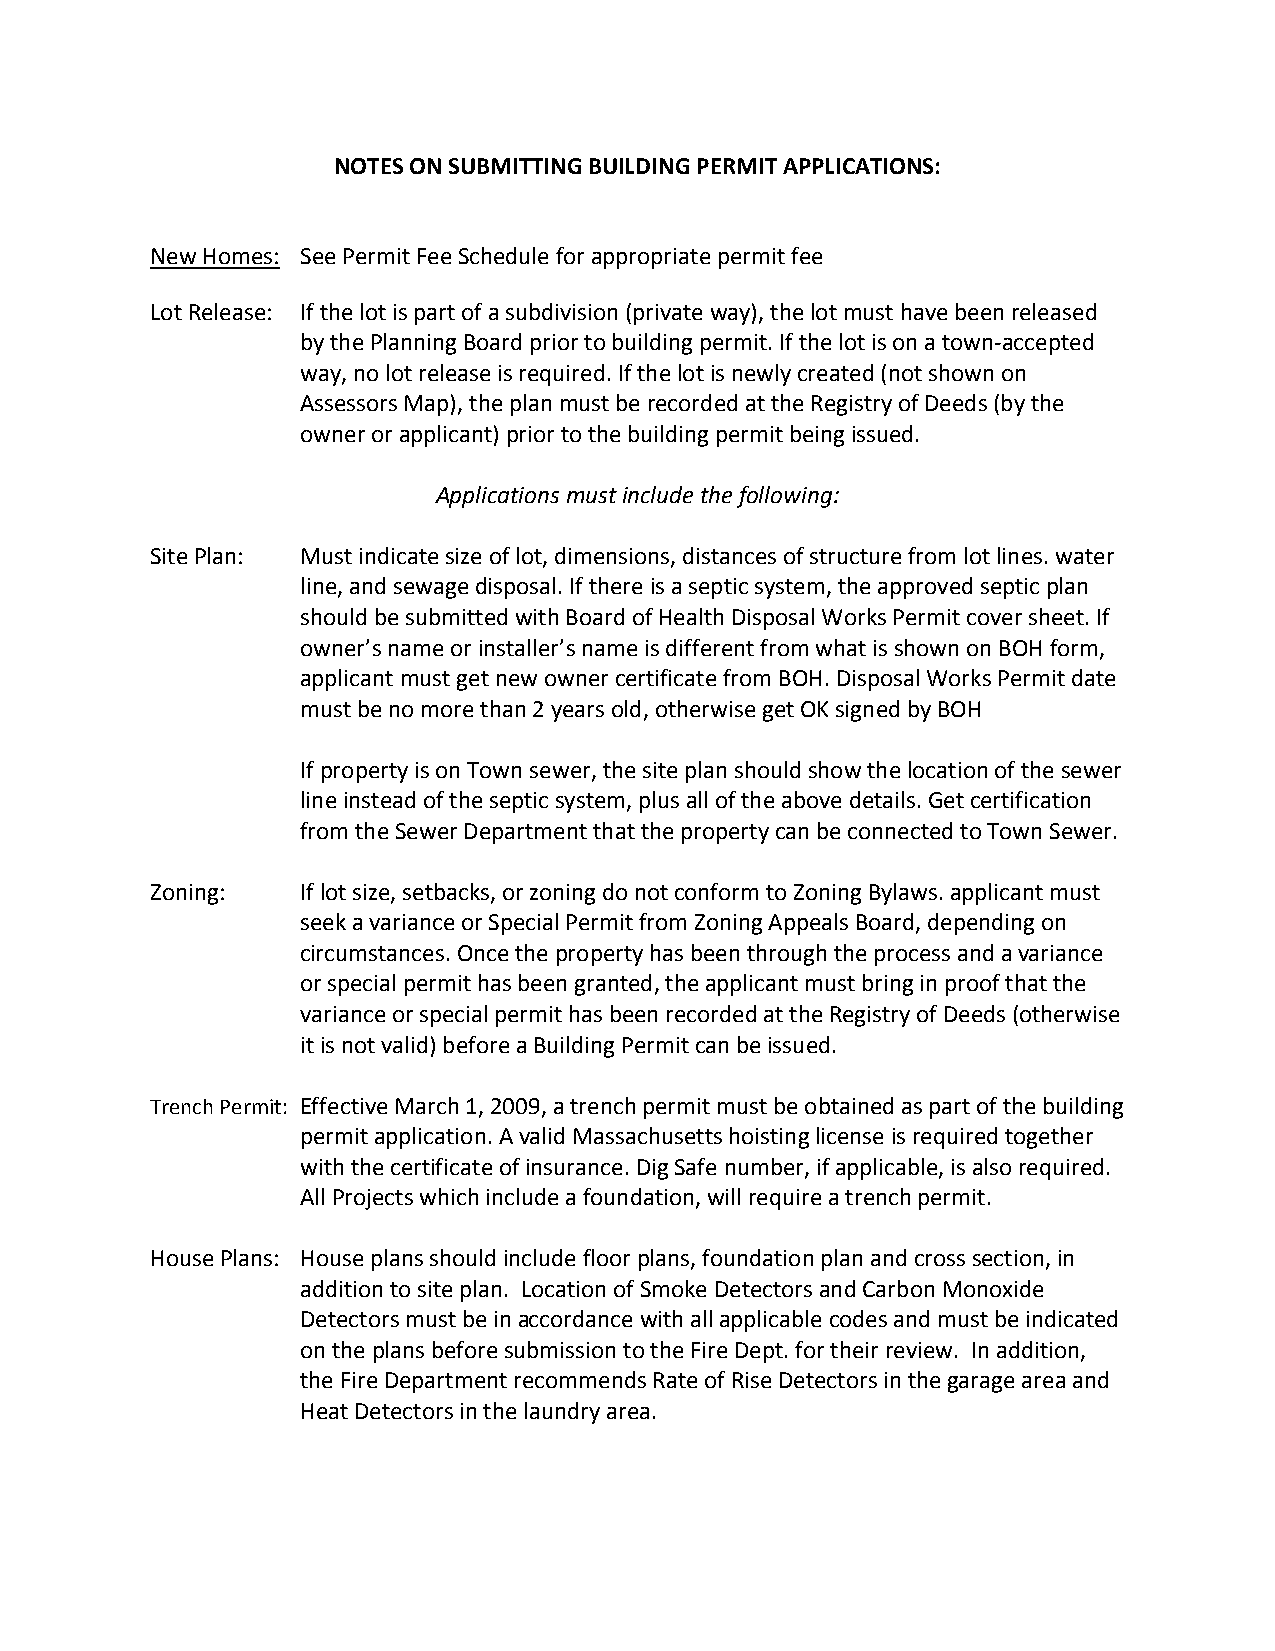
NOTES ON SUBMITTING BUILDING PERMIT APPLICATIONS:
 New Homes: See Permit Fee Schedule for appropriate permit fee
 Lot Release: If the lot is part of a subdivision (private way), the lot must have been released
 by the Planning Board prior to building permit. If the lot is on a town‐accepted
 way, no lot release is required. If the lot is newly created (not shown on
 Assessors Map), the plan must be recorded at the Registry of Deeds (by the
 owner or applicant) prior to the building permit being issued.
 Applications must include the following:
 Site Plan: Must indicate size of lot, dimensions, distances of structure from lot lines. water
 line, and sewage disposal. If there is a septic system, the approved septic plan
 should be submitted with Board of Health Disposal Works Permit cover sheet. If
 owner’s name or installer’s name is different from what is shown on BOH form,
 applicant must get new owner certificate from BOH. Disposal Works Permit date
 must be no more than 2 years old, otherwise get OK signed by BOH
 If property is on Town sewer, the site plan should show the location of the sewer
 line instead of the septic system, plus all of the above details. Get certification
 from the Sewer Department that the property can be connected to Town Sewer.
 Zoning:   If lot size, setbacks, or zoning do not conform to Zoning Bylaws. applicant must
 seek a variance or Special Permit from Zoning Appeals Board, depending on
 circumstances. Once the property has been through the process and a variance
 or special permit has been granted, the applicant must bring in proof that the
 variance or special permit has been recorded at the Registry of Deeds (otherwise
 it is not valid) before a Building Permit can be issued.
 Trench Permit: Effective March 1, 2009, a trench permit must be obtained as part of the building
 permit application. A valid Massachusetts hoisting license is required together
 with the certificate of insurance. Dig Safe number, if applicable, is also required.
 All Projects which include a foundation, will require a trench permit.
 House Plans: House plans should include floor plans, foundation plan and cross section, in
 addition to site plan. Location of Smoke Detectors and Carbon Monoxide
 Detectors must be in accordance with all applicable codes and must be indicated
 on the plans before submission to the Fire Dept. for their review. In addition,
 the Fire Department recommends Rate of Rise Detectors in the garage area and
 Heat Detectors in the laundry area.